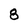
Character: 8